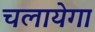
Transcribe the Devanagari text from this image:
चलायेगा